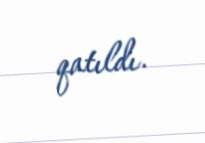
qatıldı.